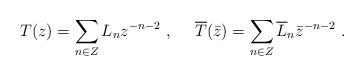
LaTeX: \begin{align*}T(z) = \sum_{n \in Z} L_n z^{-n-2}~,~~~~ \overline{T} (\bar{z}) = \sum_{n \in Z} \overline{L}_n\bar{z}^{-n-2}~.\end{align*}